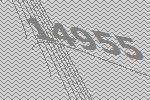
14955